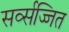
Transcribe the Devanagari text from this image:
सर्व्सज्जित